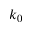
k _ { 0 }